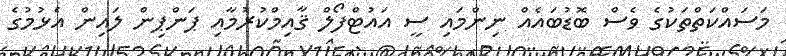
މަސައްކަތްތަކުގެ ވެސް ބޮޑުބައެއް ނިންމައި ސީ އައުޓްފޯލް ޤާއިމްކުރުމާއި ޕަންޕިން ލައިން އެޅުމުގެ